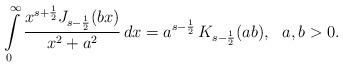
LaTeX: \begin{align*}\intop_{0}^{\infty}\frac{x^{s+\frac{1}{2}}J_{s-\frac{1}{2}}(bx)}{x^{2}+a^{2}}\,dx=a^{s-\frac{1}{2}}\,K_{s-\frac{1}{2}}(ab),\,\,\,\,a,b>0.\end{align*}